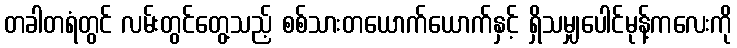
တခါတရံတွင် လမ်းတွင်တွေ့သည့် စစ်သားတယောက်ယောက်နှင့် ရှိသမျှပေါင်မုန့်ကလေးကို